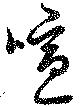
喧